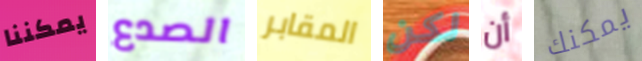
يمكننا الصدع المقابر لكن أن يمكنك